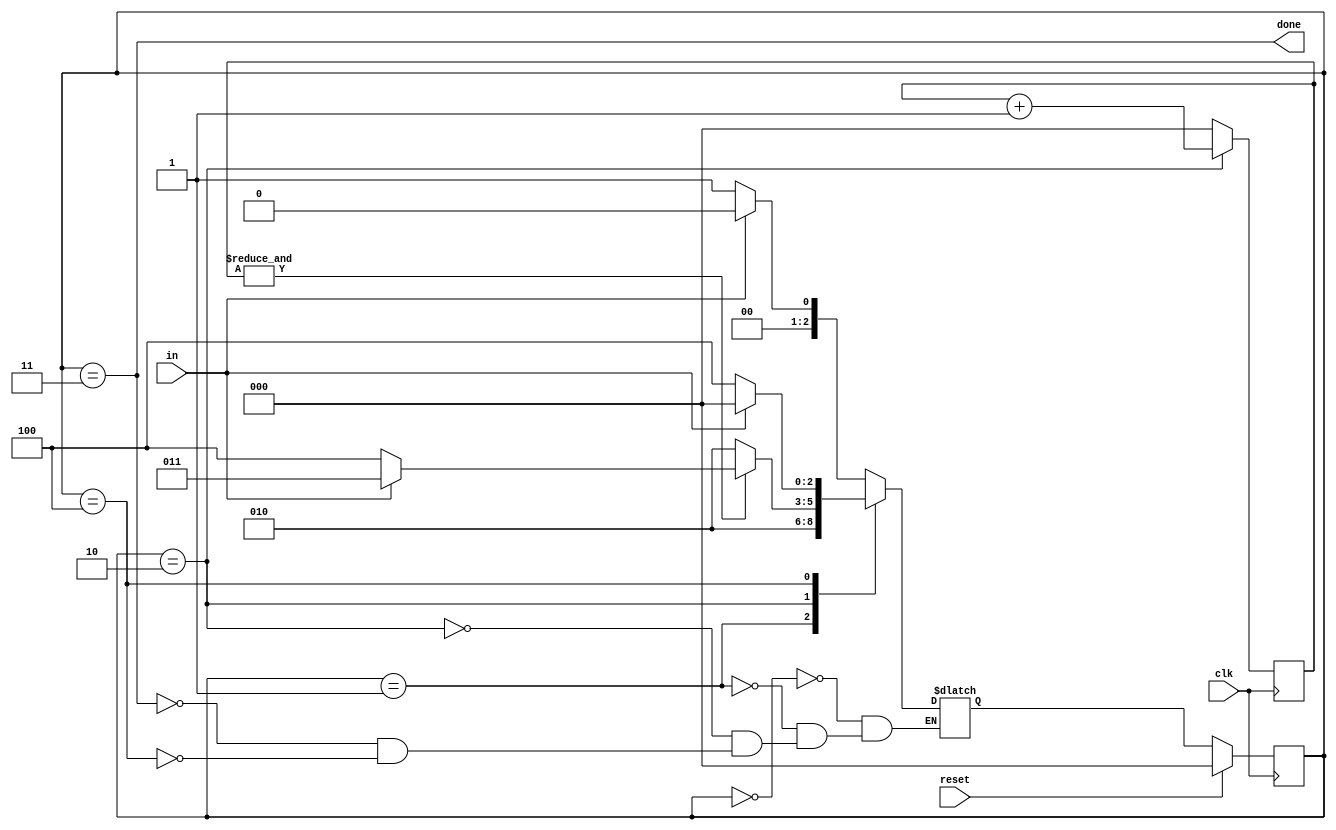
module top_module(
    input clk,
    input in,
    input reset,    // Synchronous reset
    output done
); 
    parameter idle=3'd0, start=3'd1, data=3'd2, stop=3'd3,stoperr=3'd4;
    reg [2:0]state, next;
    reg [2:0]data8;
    always@(*)begin
        case(state)
            idle: next = in?idle:start;
            start: next = data;
            data: next = (&data8)?(in?stop:stoperr):data;
            stop: next = in?idle:start;
            stoperr: next = in?idle:stoperr;
        endcase
    end
    always@(posedge clk)begin
        if(reset) state <= idle;
        else state <= next;
    end
    always@(posedge clk)begin
        if(state==data) data8 <= data8 + 1;
        else data8 <= 0;
    end
    assign done = state==stop;
endmodule